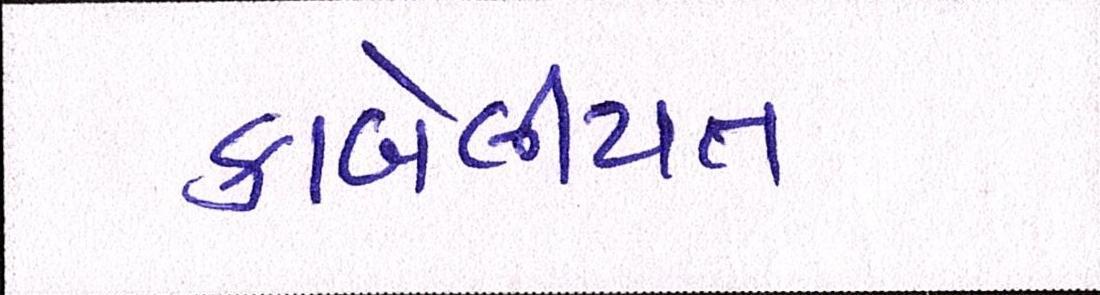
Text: કાબેલીયત